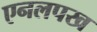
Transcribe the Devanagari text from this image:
एनलपख